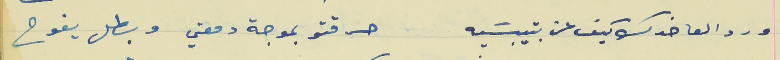
ورد العا خدك كيف عن بتيبسَيه                             حرقتو بموجة دمعتي وبطل يفوح